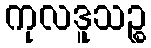
ကုလဒူသဉ္စ